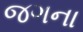
જગના